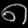
Digit: ၈